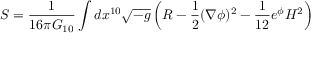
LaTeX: S = { \frac { 1 } { 1 6 \pi G _ { 1 0 } } } \int d x ^ { 1 0 } \sqrt { - g } \left( R - { \frac { 1 } { 2 } } ( \nabla \phi ) ^ { 2 } - { \frac { 1 } { 1 2 } } e ^ { \phi } { \cal H } ^ { 2 } \right)